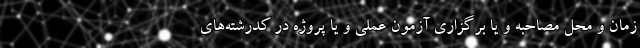
زمان و محل مصاحبه و یا برگزاری آزمون عملی و یا پروژه در کدرشته‌های